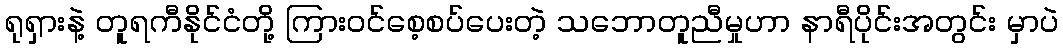
ရုရှားနဲ့ တူရကီနိုင်ငံတို့ ကြားဝင်စေ့စပ်ပေးတဲ့ သဘောတူညီမှုဟာ နာရီပိုင်းအတွင်း မှာပဲ